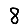
Digit: 8